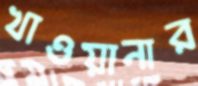
খাওয়ানার